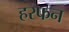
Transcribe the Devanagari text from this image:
हरफन